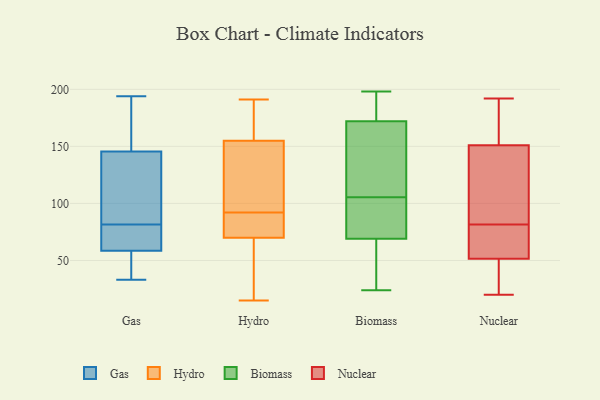
{"axis": {"x": "Tickets Resolved", "y": "Value"}, "legend": ["Biomass", "Gas", "Hydro", "Nuclear"], "data": [{"x": "", "y": 43, "type": "Gas"}, {"x": "", "y": 49, "type": "Gas"}, {"x": "", "y": 66, "type": "Gas"}, {"x": "", "y": 156, "type": "Gas"}, {"x": "", "y": 60, "type": "Gas"}, {"x": "", "y": 67, "type": "Gas"}, {"x": "", "y": 150, "type": "Gas"}, {"x": "", "y": 168, "type": "Gas"}, {"x": "", "y": 141, "type": "Gas"}, {"x": "", "y": 33, "type": "Gas"}, {"x": "", "y": 78, "type": "Gas"}, {"x": "", "y": 194, "type": "Gas"}, {"x": "", "y": 107, "type": "Gas"}, {"x": "", "y": 57, "type": "Gas"}, {"x": "", "y": 104, "type": "Gas"}, {"x": "", "y": 85, "type": "Gas"}, {"x": "", "y": 15, "type": "Hydro"}, {"x": "", "y": 35, "type": "Hydro"}, {"x": "", "y": 180, "type": "Hydro"}, {"x": "", "y": 191, "type": "Hydro"}, {"x": "", "y": 88, "type": "Hydro"}, {"x": "", "y": 72, "type": "Hydro"}, {"x": "", "y": 68, "type": "Hydro"}, {"x": "", "y": 170, "type": "Hydro"}, {"x": "", "y": 82, "type": "Hydro"}, {"x": "", "y": 120, "type": "Hydro"}, {"x": "", "y": 184, "type": "Hydro"}, {"x": "", "y": 41, "type": "Hydro"}, {"x": "", "y": 84, "type": "Hydro"}, {"x": "", "y": 140, "type": "Hydro"}, {"x": "", "y": 140, "type": "Hydro"}, {"x": "", "y": 96, "type": "Hydro"}, {"x": "", "y": 188, "type": "Biomass"}, {"x": "", "y": 198, "type": "Biomass"}, {"x": "", "y": 96, "type": "Biomass"}, {"x": "", "y": 69, "type": "Biomass"}, {"x": "", "y": 54, "type": "Biomass"}, {"x": "", "y": 115, "type": "Biomass"}, {"x": "", "y": 172, "type": "Biomass"}, {"x": "", "y": 77, "type": "Biomass"}, {"x": "", "y": 24, "type": "Biomass"}, {"x": "", "y": 118, "type": "Biomass"}, {"x": "", "y": 128, "type": "Nuclear"}, {"x": "", "y": 175, "type": "Nuclear"}, {"x": "", "y": 84, "type": "Nuclear"}, {"x": "", "y": 56, "type": "Nuclear"}, {"x": "", "y": 69, "type": "Nuclear"}, {"x": "", "y": 192, "type": "Nuclear"}, {"x": "", "y": 174, "type": "Nuclear"}, {"x": "", "y": 42, "type": "Nuclear"}, {"x": "", "y": 47, "type": "Nuclear"}, {"x": "", "y": 20, "type": "Nuclear"}, {"x": "", "y": 79, "type": "Nuclear"}, {"x": "", "y": 124, "type": "Nuclear"}]}